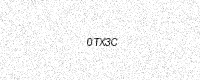
Text: 0TX3C